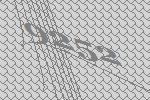
9252